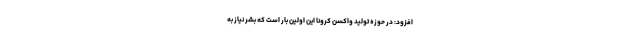
افزود: در حوزه تولید واکسن کرونا این اولین بار است که بشر نیاز به